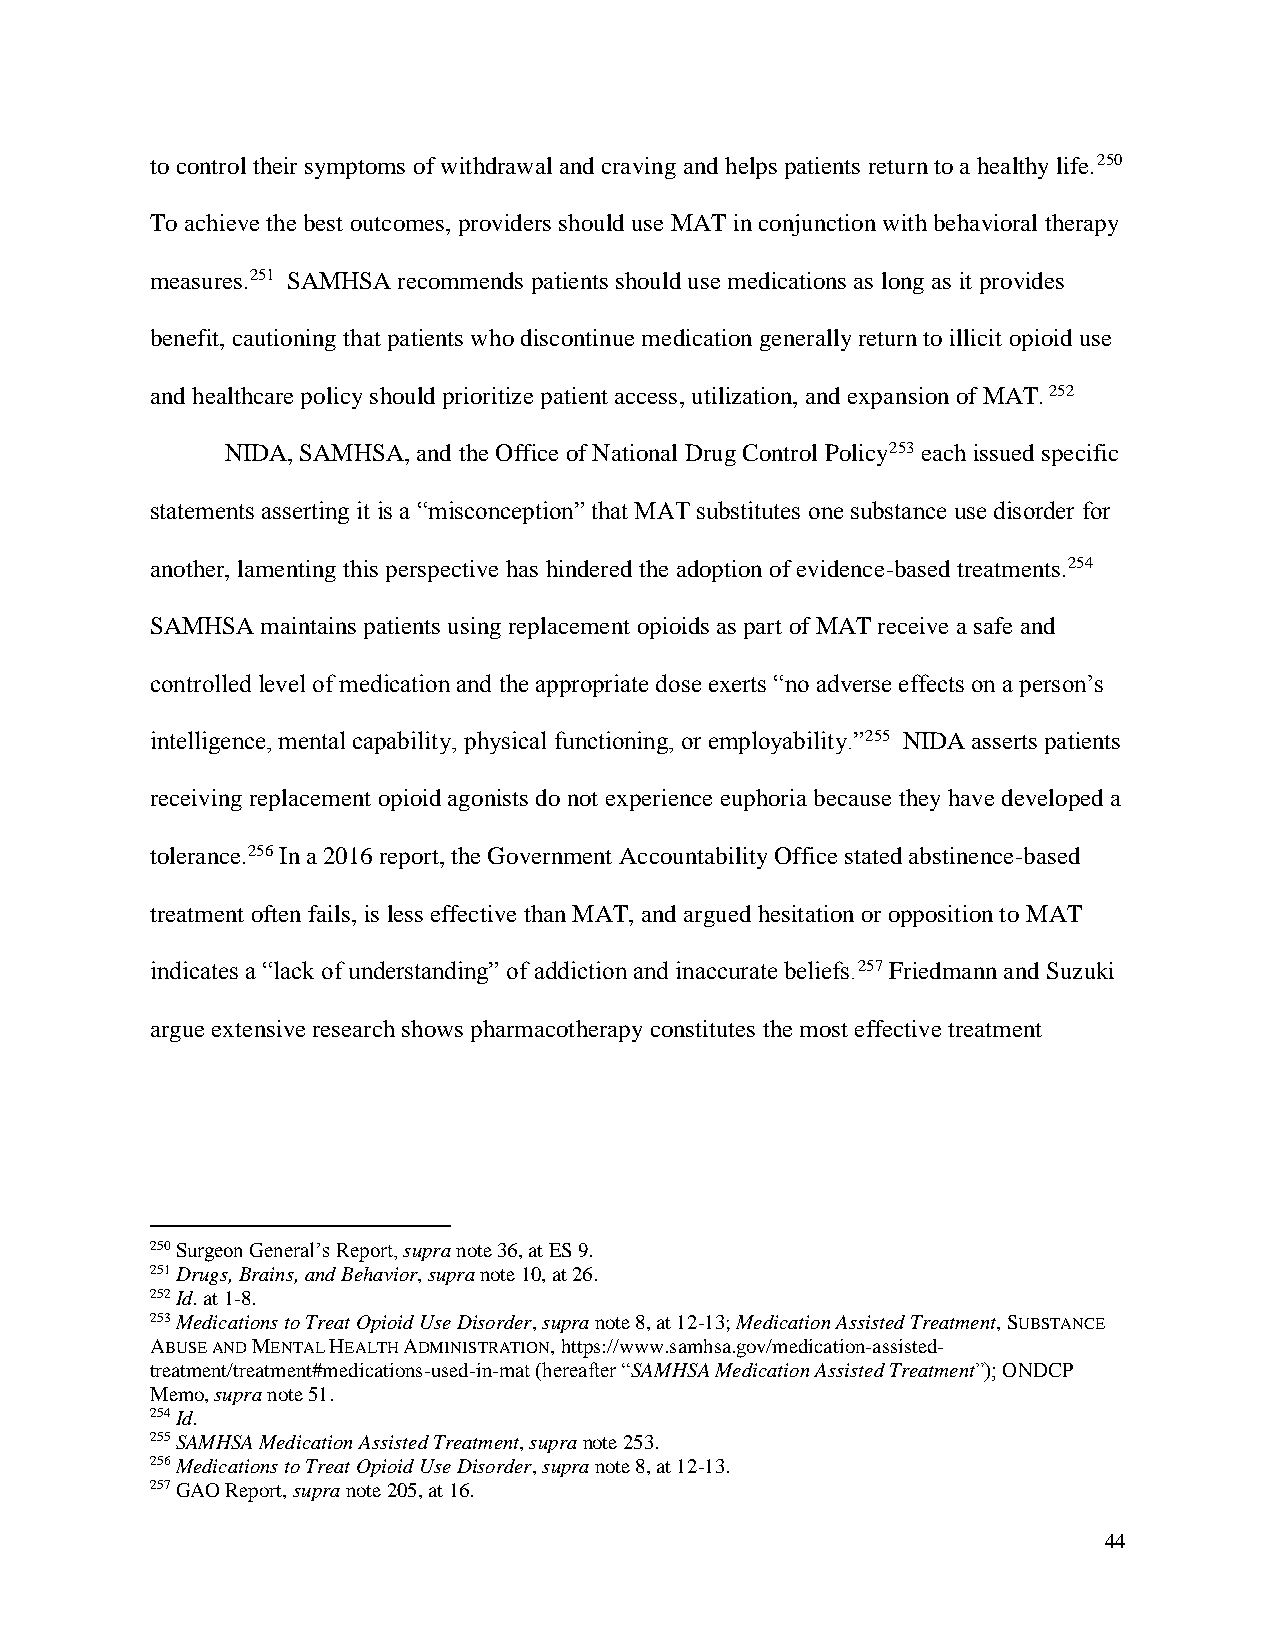
to control their symptoms of withdrawal and craving and helps patients return to a healthy life.250
 To achieve the best outcomes, providers should use MAT in conjunction with behavioral therapy
 measures.251 SAMHSA recommends patients should use medications as long as it provides
 benefit, cautioning that patients who discontinue medication generally return to illicit opioid use
 and healthcare policy should prioritize patient access, utilization, and expansion of MAT. 252
 NIDA, SAMHSA, and the Office of National Drug Control Policy253 each issued specific
 statements asserting it is a “misconception” that MAT substitutes one substance use disorder for
 another, lamenting this perspective has hindered the adoption of evidence-based treatments.254
 SAMHSA maintains patients using replacement opioids as part of MAT receive a safe and
 controlled level of medication and the appropriate dose exerts “no adverse effects on a person’s
 intelligence, mental capability, physical functioning, or employability.”255 NIDA asserts patients
 receiving replacement opioid agonists do not experience euphoria because they have developed a
 tolerance.256 In a 2016 report, the Government Accountability Office stated abstinence-based
 treatment often fails, is less effective than MAT, and argued hesitation or opposition to MAT
 indicates a “lack of understanding” of addiction and inaccurate beliefs.257 Friedmann and Suzuki
 argue extensive research shows pharmacotherapy constitutes the most effective treatment
 250 Surgeon General’s Report, supra note 36, at ES 9.
 251 Drugs, Brains, and Behavior, supra note 10, at 26.
 252 Id. at 1-8.
 253 Medications to Treat Opioid Use Disorder, supra note 8, at 12-13; Medication Assisted Treatment, SUBSTANCE
 ABUSE AND MENTAL HEALTH ADMINISTRATION, https://www.samhsa.gov/medication-assisted-
 treatment/treatment#medications-used-in-mat (hereafter “SAMHSA Medication Assisted Treatment”); ONDCP
 Memo, supra note 51.
 254 Id.
 255 SAMHSA Medication Assisted Treatment, supra note 253.
 256 Medications to Treat Opioid Use Disorder, supra note 8, at 12-13.
 257 GAO Report, supra note 205, at 16.
 44